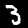
Digit: 3